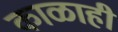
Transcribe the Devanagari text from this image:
काळाही